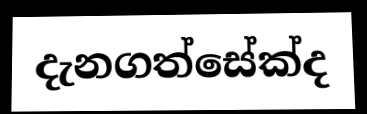
දැනගත්සේක්ද